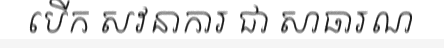
បើក សវនាការ ជា សាធារណ